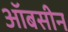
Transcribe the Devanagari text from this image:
ऑबसीन